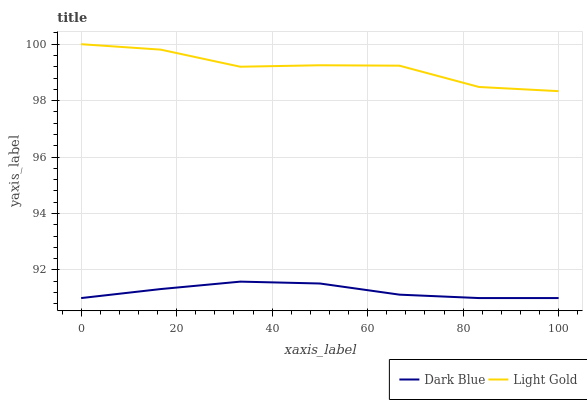
| xaxis_label | Dark Blue | Light Gold |
 | --- | --- | --- |
 | 0 | 91 | 100 |
 | 16.7 | 91.3 | 99.8 |
 | 33.3 | 91.6 | 99.2 |
 | 50 | 91.5 | 99.3 |
 | 66.7 | 91.1 | 99.2 |
 | 83.3 | 91 | 98.5 |
 | 100 | 91 | 98.3 |